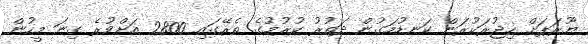
ޔޫރަޕަށް ހިޖުރަކުރަން ކަނޑުމަގުން ދަތުރު ކުރުމުގެ ތެރޭގައި 2800 އަށްވުރެ ގިނަ މީހުން